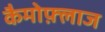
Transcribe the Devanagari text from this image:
कैमोफ़्लाज